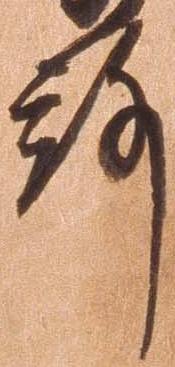
殿